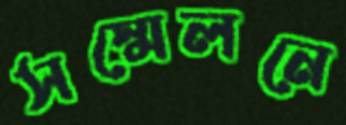
সস্মেলনে